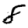
Digit: 8